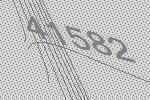
41582